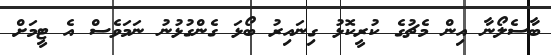
ބާސެލޯނާ އިން މެޗުގެ ކުރީކޮޅު ގިނައިރު ބޯޅަ ގެންގުޅުނު ނަމަވެސް އެ ޓީމަށް